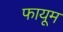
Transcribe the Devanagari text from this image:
फायूम